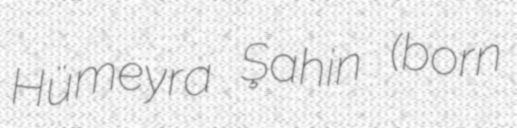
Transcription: Hümeyra Şahin (born